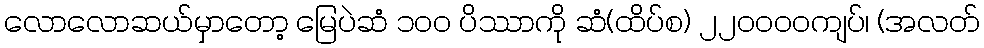
လောလောဆယ်မှာတော့ မြေပဲဆံ ၁၀ဝ ပိဿာကို ဆံ(ထိပ်စ) ၂၂၀ဝဝဝကျပ်၊ (အလတ်